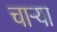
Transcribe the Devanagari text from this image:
चाऱ्या